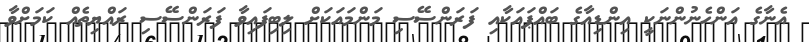
އެނާގެ އަންހެނުންނަކީ އިންޑިއާގެ ބައްޕައަކާއި ފަރަންސޭސި މަންމައަކަށް ލިބިފައިވާ ފަރަންސޭސި ރައްޔިތެއް ކަމަށްވާ